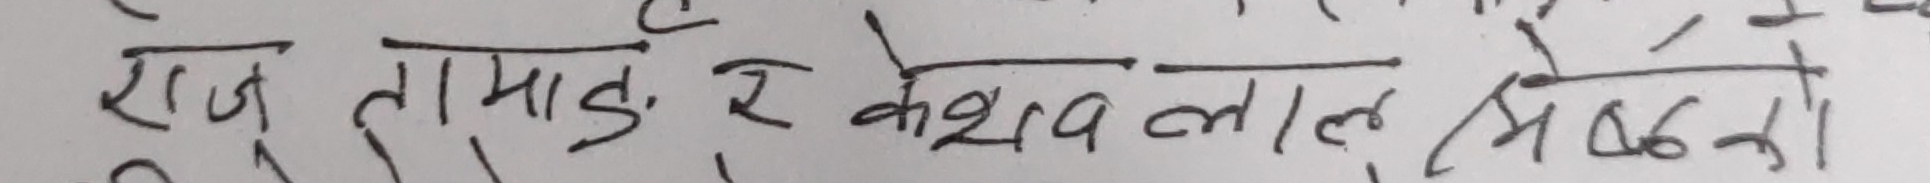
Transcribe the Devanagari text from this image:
राजू तामाङ, र केशव लाल श्रेष्ठको